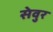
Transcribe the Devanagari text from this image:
सेवुर